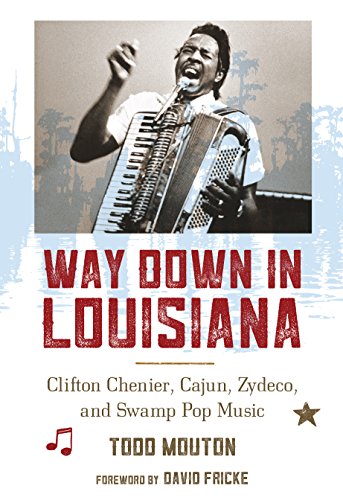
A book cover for Way Down in Louisiana: Clifton Chenier, Cajun, Zydeco, and Swamp Pop Music; Todd Mouton; Arts & Photography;